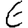
Digit: 6